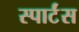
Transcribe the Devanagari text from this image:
स्पार्टंस